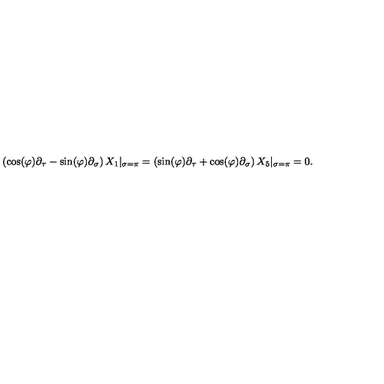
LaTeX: \left( \cos ( \varphi ) \partial _ { \tau } - \sin ( \varphi ) \partial _ { \sigma } \right) X _ { 1 } | _ { \sigma = \pi } = \left( \sin ( \varphi ) \partial _ { \tau } + \cos ( \varphi ) \partial _ { \sigma } \right) X _ { 5 } | _ { \sigma = \pi } = 0 .